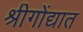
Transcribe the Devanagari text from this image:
श्रीगोंद्यात